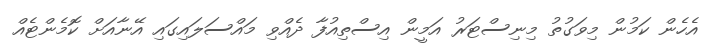
އެހެން ކަމުން މިވަގުތު މިނިސްޓަރު އަމީން އިސްތިއުފާ ދެއްވި މައްސަލައިގައި އޭނާއަށް ކޮމެންޓެއް